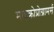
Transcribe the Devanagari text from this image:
माइक्रोप्रोग्रामर्स